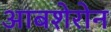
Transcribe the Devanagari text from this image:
आबशेरोन